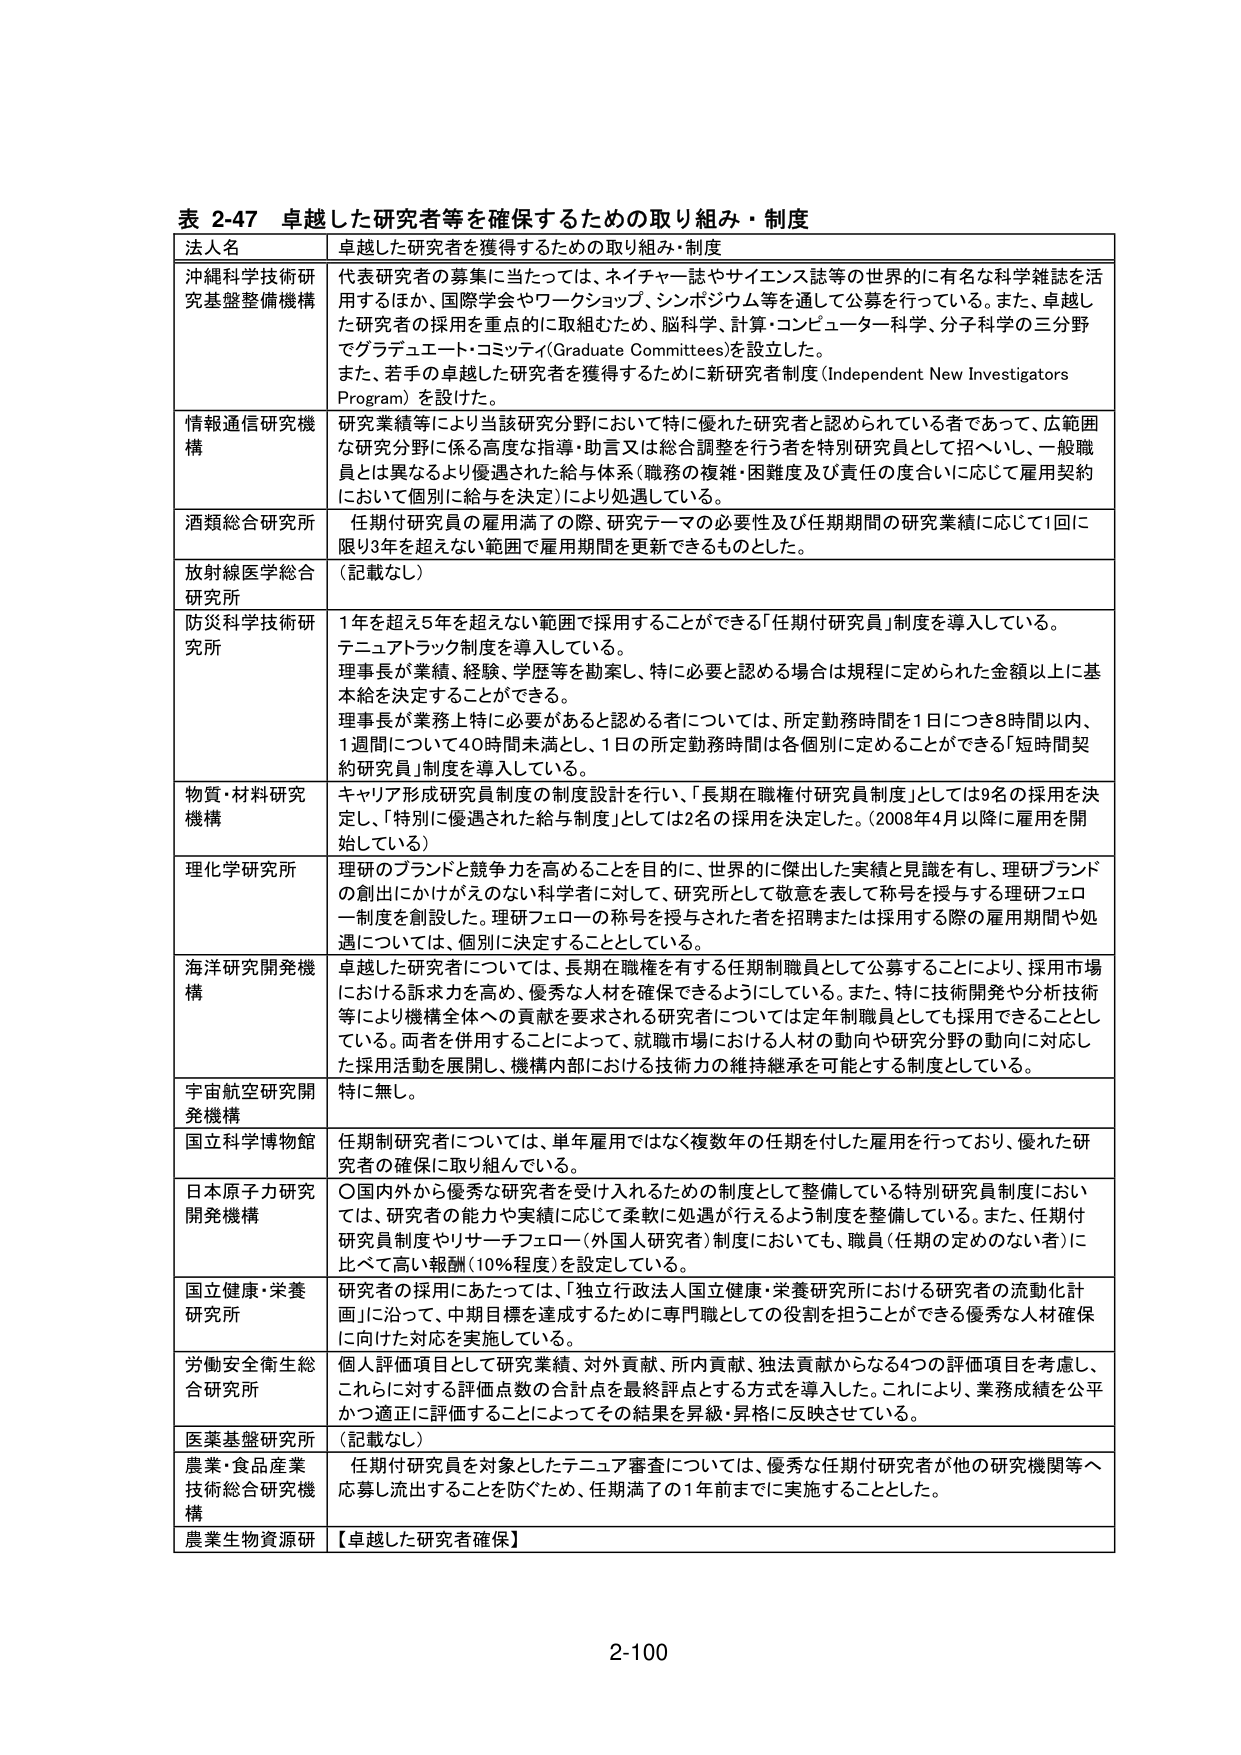
表 2-47 卓越した研究者等を確保するための取り組み・制度
法人名 卓越した研究者を獲得するための取り組み・制度
沖縄科学技術研究基盤整備機構 代表研究者の募集に当たっては、ネイチャー誌やサイエンス誌等の世界的に有名な科学雑誌を活用するほか、国際学会やワークショップ、シンポジウム等を通じて公募を行っている。また、卓越した研究者の採用を重点的に取組むため、脳科学、計算・コンピューター科学、分子科学の三分野でグラデュエート・コミッティ（Graduate Committees）を設立した。
また、若手の卓越した研究者を獲得するために新研究者制度（Independent New Investigators Program）を設けた。
情報通信研究機構 研究業績等により当該研究分野において特に優れた研究者と認められている者であって、広範囲な研究分野に係る高度な指導・助言又は総合調整を行う者を特別研究員として招へいし、一般職員とは異なるより優遇された給与体系（職務の複雑・困難度及び責任の度合いに応じて雇用契約において個別に給与を決定）により処遇している。
酒類総合研究所 任期付研究員の雇用満了の際、研究テーマの必要性及び任期期間の研究業績に応じて1回に限り3年を超えない範囲で雇用期間を更新できるものとした。
放射線医学総合研究所 （記載なし）
防災科学技術研究所 1年を超え5年を超えない範囲で採用することができる「任期付研究員」制度を導入している。
テニュアトラック制度を導入している。
理事長が業績、経験、学歴等を勘案し、特に必要と認める場合は規程に定められた金額以上に基本給を決定することができる。
理事長が業務上特に必要があると認める者については、所定勤務時間を1日につき8時間以内、1週間について40時間未満とし、1日の所定勤務時間は各個別に定めることができる「短時間契約研究員」制度を導入している。
物質・材料研究機構 キャリア形成研究員制度の制度設計を行い、「長期在職権付研究員制度」としては9名の採用を決定し、「特別に優遇された給与制度」としては2名の採用を決定した。（2008年4月以降に雇用を開始している）
理化学研究所 理研のブランドと競争力を高めることを目的に、世界的に傑出した実績と見識を有し、理研ブランドの創出にかけがえのない科学者に対して、研究所として敬意を表して称号を授与する理研フェロー制度を創設した。理研フェローの称号を授与された者を招聘または採用する際の雇用期間や処遇については、個別に決定することとしている。
海洋研究開発機構 卓越した研究者については、長期在職権を有する任期制職員として公募することにより、採用市場における訴求力を高め、優秀な人材を確保できるようにしている。また、特に技術開発や分析技術等により機構全体への貢献を要求される研究者については定年制職員としても採用できることとしている。両者を併用することによって、就職市場における人材の動向や研究分野の動向に対応した採用活動を展開し、機構内部における技術力の維持継承を可能とする制度としている。
宇宙航空研究開発機構 特に無し。
国立科学博物館 任期制研究者については、単年雇用ではなく複数年の任期を付した雇用を行っており、優れた研究者の確保に取り組んでいる。
日本原子力研究開発機構 ○国内外から優秀な研究者を受け入れるための制度として整備している特別研究員制度においては、研究者の能力や実績に応じて柔軟に処遇が行えるよう制度を整備している。また、任期付研究員制度やリサーチフェロー（外国人研究者）制度においても、職員（任期の定めのない者）に比べて高い報酬（10％程度）を設定している。
国立健康・栄養研究所 研究者の採用にあたっては、「独立行政法人国立健康・栄養研究所における研究者の流動化計画」に沿って、中期目標を達成するために専門職としての役割を担うことができる優秀な人材確保に向けた対応を実施している。
労働安全衛生総合研究所 個人評価項目として研究業績、対外貢献、所内貢献、独法貢献からなる4つの評価項目を考慮し、これらに対する評価点数の合計点を最終評点とする方式を導入した。これにより、業務成績を公平かつ適正に評価することによってその結果を昇級・昇格に反映させている。
医薬基盤研究所 （記載なし）
農業・食品産業技術総合研究機構 任期付研究員を対象としたテニュア審査については、優秀な任期付研究者が他の研究機関等へ応募し流出することを防ぐため、任期満了の1年前までに実施することとした。
農業生物資源研 【卓越した研究者確保】
2-100